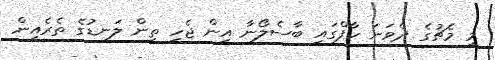
މި މެޗުގެ ދެވަނަ ހާފްގައި ބާސެލޯނާ އިން ޖެހި ތިން ލަނޑުގެ ތެރެއިން